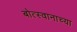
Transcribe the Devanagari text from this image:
बोत्स्वानाच्या